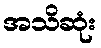
အသိဆုံး